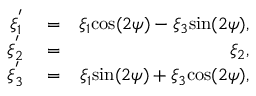
\begin{array} { r l r } { \xi _ { 1 } ^ { ' } } & { { } = } & { \xi _ { 1 } \mathrm { c o s } ( 2 \psi ) - \xi _ { 3 } \mathrm { s i n } ( 2 \psi ) , } \\ { \xi _ { 2 } ^ { ' } } & { { } = } & { \xi _ { 2 } , } \\ { \xi _ { 3 } ^ { ' } } & { { } = } & { \xi _ { 1 } \mathrm { s i n } ( 2 \psi ) + \xi _ { 3 } \mathrm { c o s } ( 2 \psi ) , } \end{array}